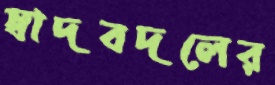
স্বাদবদলের